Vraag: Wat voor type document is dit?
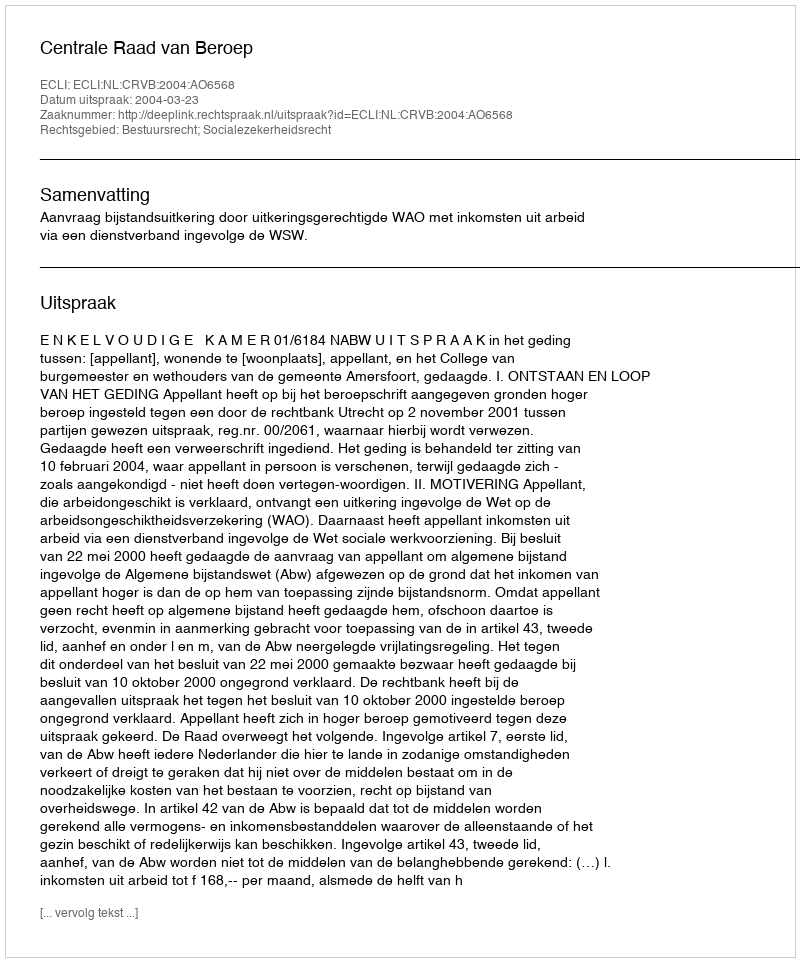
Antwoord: Uitspraak